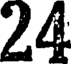
24